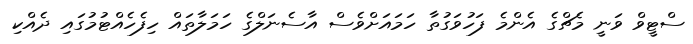
ސްޓީވް ވަނީ މެޗްގެ އެންމެ ފަހުވަގުތާ ހަމައަށްވެސް އާސެނަލްގެ ހަމަލާތައް ހިފެހެއްޓުމުގައި ދެއްކި